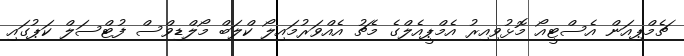
ޗެމްޕިއަން އެސްޓީއޯ މޮޅުވިއިރު އެމްޕީއެލްގެ މެޗު އެއްވަރުމައިލޯ ކްލަބް މޯލްޑިވްސް ފުޓްސަލް ކަޕުގައި